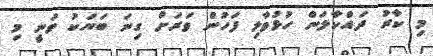
މި ކާރު ދައްކާލަން ހުޅުވާލި ފަހުން ވަރަށް ގިނަ ބަޔަކު ވަނީ މި